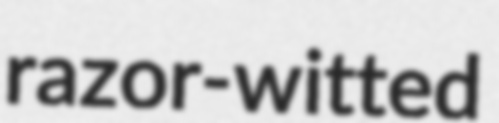
razor-witted